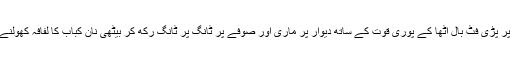
فرش پر پڑی فٹ بال اٹھا کے پوری قوت کے ساتھ دیوار پر ماری اور صوفے پر ٹانگ پر ٹانگ رکھ کر بیٹھی نان کباب کا لفافہ کھولنے لگی۔